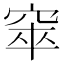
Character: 𥦑